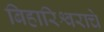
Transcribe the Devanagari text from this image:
बिहारिश्वराचे